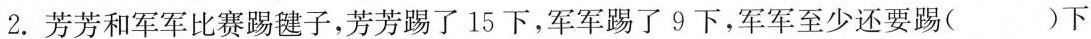
2.芳芳和军军比赛踢毽子，芳芳踢了15下，军军踢了9下，军军至少还要踢()下